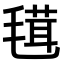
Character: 𣯏